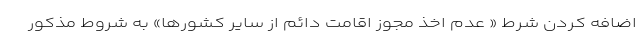
اضافه کردن شرط « عدم اخذ مجوز اقامت دائم از سایر کشورها» به شروط مذکور